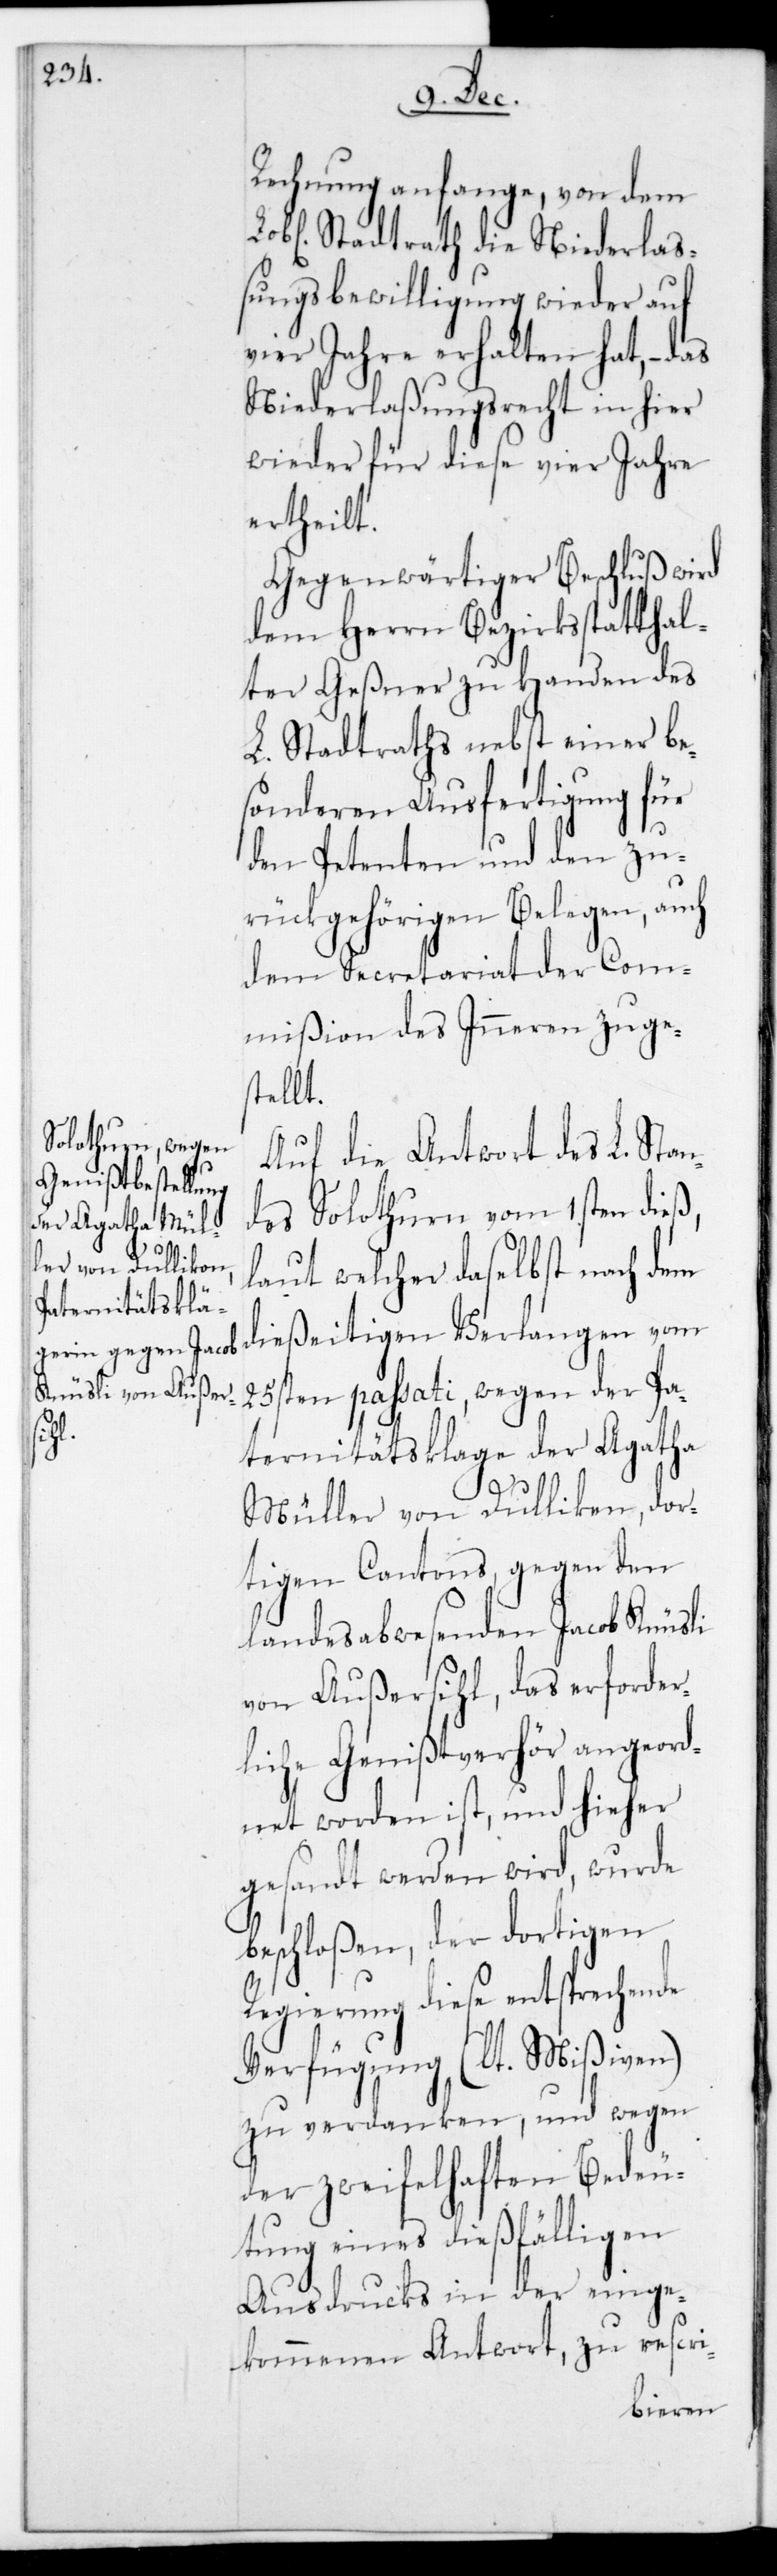
Rechnung anfange, von dem
L. Stadtrath die Niederlaß¬
ungsbewilligung wieder auf
vier Jahre erhalten hat, – das
Niederlaßungsrecht in hier
wieder für diese vier Jahre
ertheilt.
Gegenwärtiger Beschluß wird
dem Herrn Bezirksstatthal¬
ter Geßner zu Handen des
L. Stadtraths nebst einer be¬
sonderen Ausfertigung für
den Petenten und den zu¬
rückgehörigen Belegen, auch
dem Secretariat der Com¬
mißion des Inneren zuge¬
stellt.
Auf die Antwort des L. Stan¬
des Solothurn vom 1sten dieß,
laut welcher daselbst nach dem
dießeitigen Verlangen vom
25sten passati, wegen der Pa¬
ternitätsklage der Agatha
Müller von Dulliken, dor¬
tigen Cantons gegen den
landesabwesenden Jacob Knüsli
von Außersihl, das erforder¬
liche Genißtverhör angeord¬
net worden ist, und hieher
gesandt werden wird, wurde
beschloßen, der dortigen
Regierung diese entsprechende
Verfügung (lt. Mißiven)
zu verdanken, und wegen
der zweifelhaften Bedeu¬
tung eines dießfälligen
Ausdrucks in der einge¬
kommenen Antwort, zu rescri-